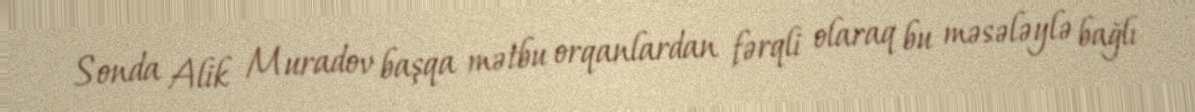
Sonda Alik Muradov başqa mətbu orqanlardan fərqli olaraq bu məsələylə bağlı